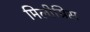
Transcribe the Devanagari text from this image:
मिलीग्रिस